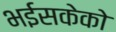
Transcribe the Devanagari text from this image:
भईसकेको